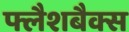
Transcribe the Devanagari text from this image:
फ्लैशबैक्स